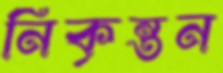
নিকৃন্তন